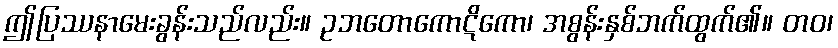
ဤပြဿနာမေးခွန်းသည်လည်း။ ဥဘတောကောဋိကော၊ အစွန်းနှစ်ဘက်ထွက်၏။ တဝ၊